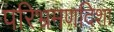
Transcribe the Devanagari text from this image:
परिभ्रमणदिशा